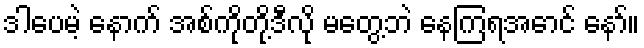
ဒါပေမဲ့ နောက် အစ်ကိုတို့ဒီလို မတွေ့ဘဲ နေကြရအောင် နော်။